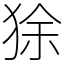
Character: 狳